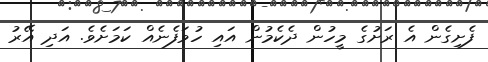
ފެށިގެެން އެ ރަށުގެ މީހުން ދެކެމުން އައި ހުވަފެނެއް ކަމަށެވެ. އަދި އޭރު